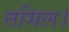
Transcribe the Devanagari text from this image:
तमिल।